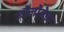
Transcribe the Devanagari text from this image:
जोजोबेड़ा